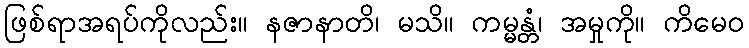
ဖြစ်ရာအရပ်ကိုလည်း။ နဇာနာတိ၊ မသိ။ ကမ္မန္တံ၊ အမှုကို။ ကိမေဝ